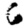
Digit: 6